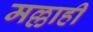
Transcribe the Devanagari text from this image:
मल्लाही